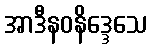
အာဒီနဝနိဒ္ဒေသေ